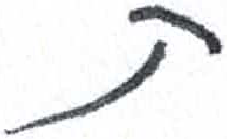
אות: ת